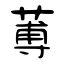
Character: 蒪